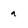
Character: a